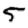
Digit: 5